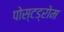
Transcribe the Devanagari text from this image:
पोस्टड्रोम